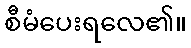
စီမံပေးရလေ၏။